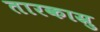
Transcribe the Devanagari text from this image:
तारकास्रु